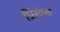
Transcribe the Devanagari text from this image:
प्रिंसेप्स